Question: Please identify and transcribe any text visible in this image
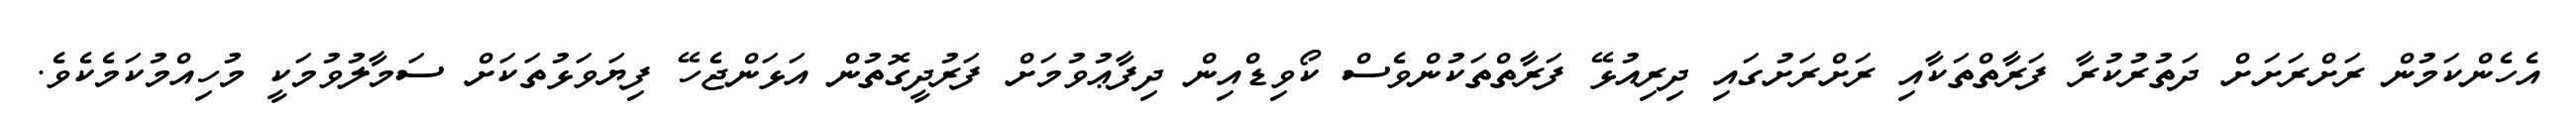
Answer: އެހެންކަމުން ރަށްރަށަށް ދަތުރުކުރާ ފަރާތްތަކާއި ރަށްރަށުގައި ދިރިއުޅޭ ފަރާތްތަކުންވެސް ކޯވިޑްއިން ދިފާޢުވުމަށް ފަރުދީގޮތުން އަޅަންޖެހޭ ފިޔަވަޅުތަކަށް ސަމާލުވުމަކީ މުހިއްމުކަމެކެވެ.